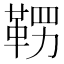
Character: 𮧚